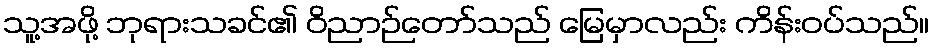
သူ့အဖို့ ဘုရားသခင်၏ ဝိညာဉ်တော်သည် မြေမှာလည်း ကိန်းဝပ်သည်။